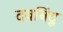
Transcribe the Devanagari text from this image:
दवबिंदू